Cholera in India, 1862 to 1881
Year: 1862
Disease focus: Cholera
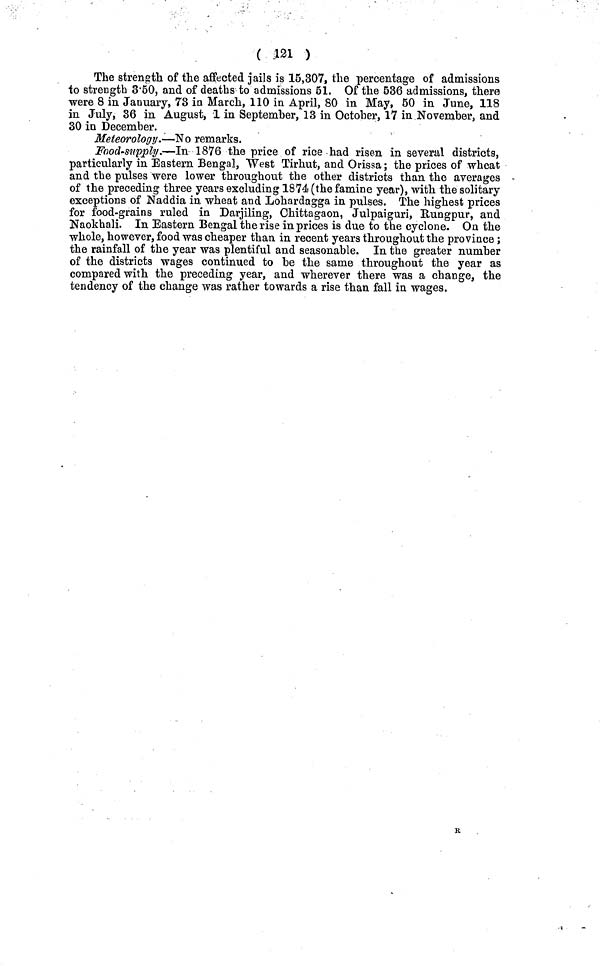
( 121 )
The strength of the affected jails is 15,307, the percentage of admissions
to strength 3·50, and of deaths to admissions 61. Of the 636 admissions, there
were 8 in January, 73 in March, 110 in April, 80 in May, 50 in June, 118
in July, 36 in August, 1 in September, 13 in October, 17 in November, and
30 in December.
Meteorology.—No remarks.
Food-supply.—In 1876 the price of rice had risen in several districts,
particularly in Eastern Bengal, West Tirhut, and Orissa; the prices of wheat
and the pulses were lower throughout the other districts than the averages
of the preceding three years excluding 1874 (the famine year), with the solitary
exceptions of Naddia in wheat and Lohardagga in pulses. The highest prices
for food-grains ruled in Darjiling, Chittagaon, Julpaiguri, Rungpur, and
Naokhali. In Eastern Bengal the rise in prices is due to the cyclone. On the
whole, however, food was cheaper than in recent years throughout the province;
the rainfall of the year was plentiful and seasonable. In the greater number
of the districts wages continued to be the same throughout the year as
compared with the preceding year, and wherever there was a change, the
tendency of the change was rather towards a rise than fall in wages.
R